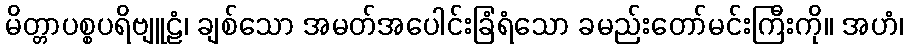
မိတ္တာပစ္စပရိဗျူဠံ၊ ချစ်သော အမတ်အပေါင်းခြံရံသော ခမည်းတော်မင်းကြီးကို။ အဟံ၊